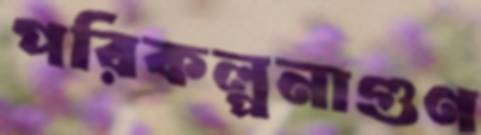
পরিকল্পনাগুণ